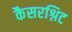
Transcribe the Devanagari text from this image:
कैसरश्निट